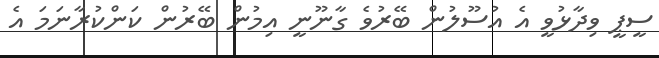
ސީޕީ ވިދާޅުވީ އެ އުސޫލުން ބޭރުވެ ގާނޫނީ އިމުން ބޭރުން ކަންކުރާނަމަ އެ